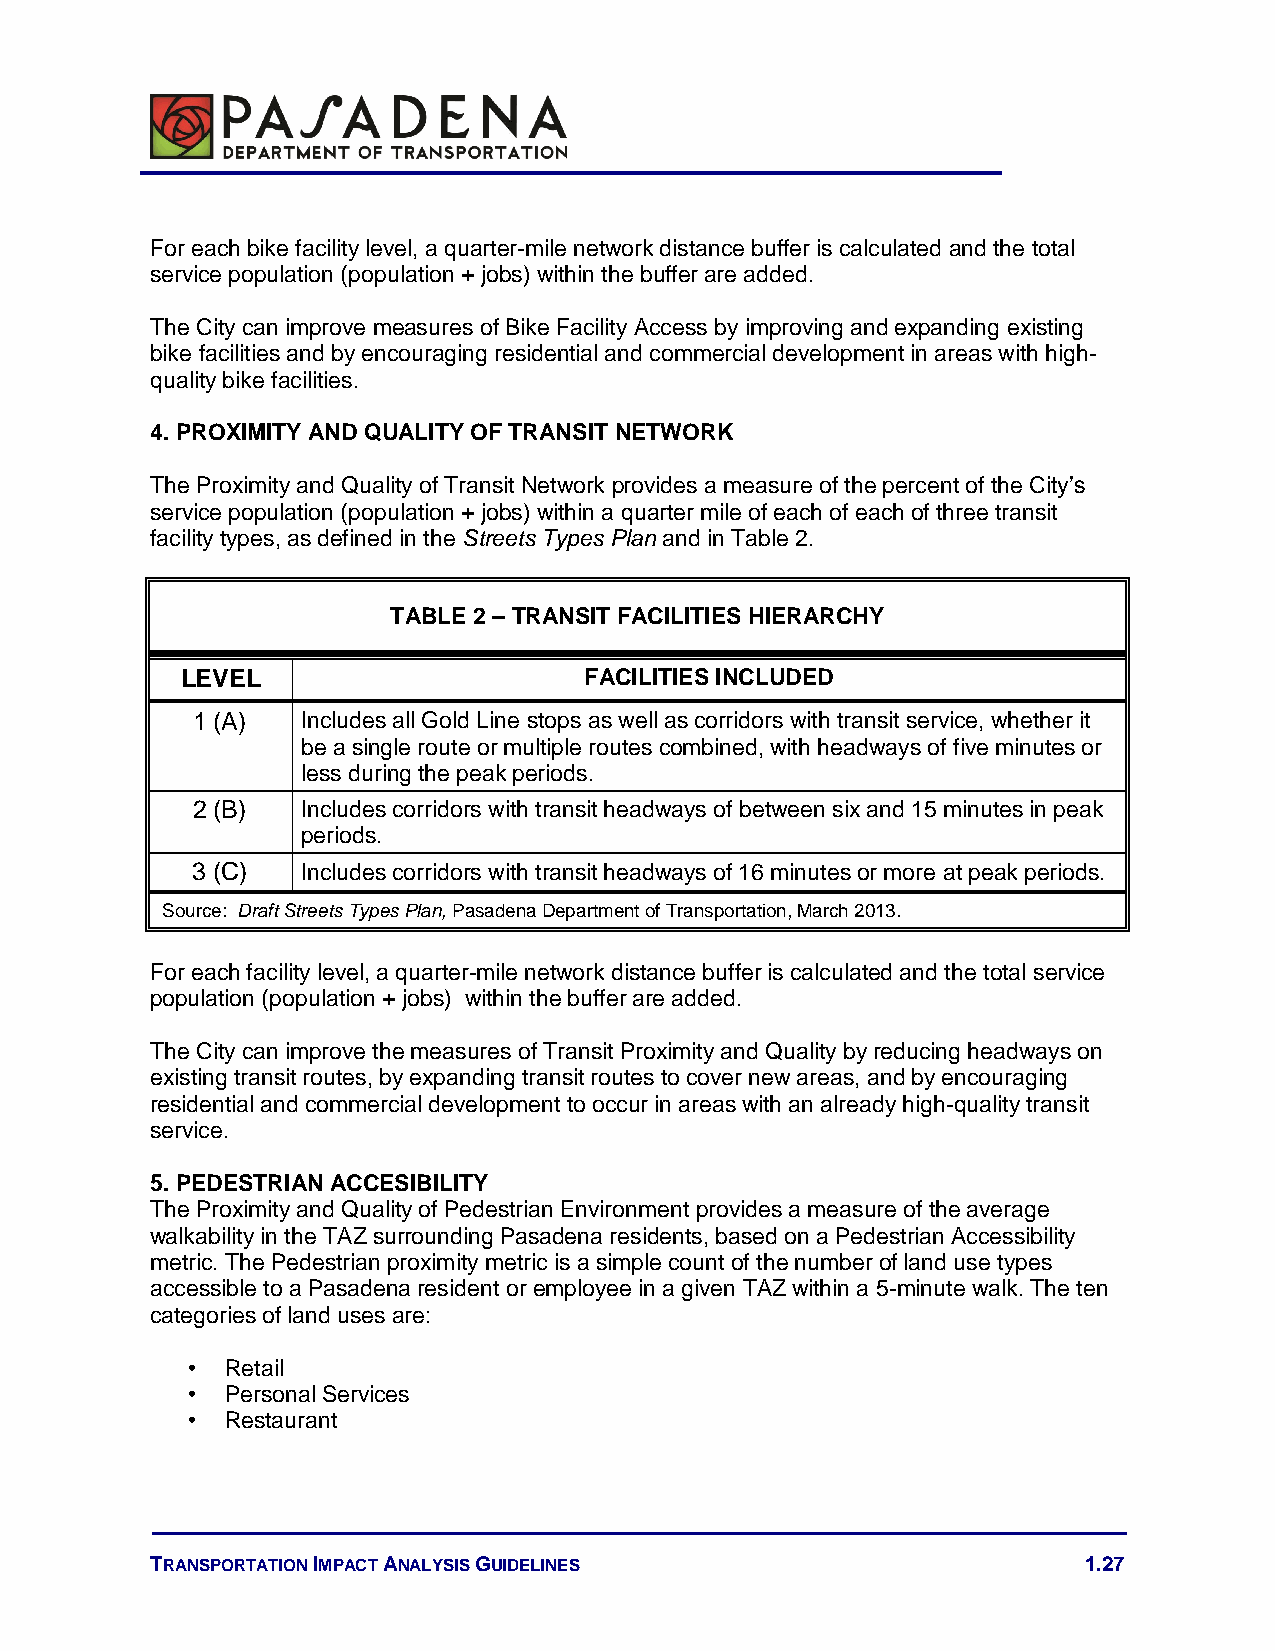
For each bike facility level, a quarter-mile network distance buffer is calculated and the total
 service population (population + jobs) within the buffer are added.
 The City can improve measures of Bike Facility Access by improving and expanding existing
 bike facilities and by encouraging residential and commercial development in areas with high-
 quality bike facilities.
 4. PROXIMITY AND QUALITY OF TRANSIT NETWORK
 The Proximity and Quality of Transit Network provides a measure of the percent of the City’s
 service population (population + jobs) within a quarter mile of each of each of three transit
 facility types, as defined in the Streets Types Plan and in Table 2.
 TABLE 2 – TRANSIT FACILITIES HIERARCHY
 LEVEL                      FACILITIES INCLUDED
 1 (A)  Includes all Gold Line stops as well as corridors with transit service, whether it
 be a single route or multiple routes combined, with headways of five minutes or
 less during the peak periods.
 2 (B)  Includes corridors with transit headways of between six and 15 minutes in peak
 periods.
 3 (C)  Includes corridors with transit headways of 16 minutes or more at peak periods.
 Source: Draft Streets Types Plan, Pasadena Department of Transportation, March 2013.
 For each facility level, a quarter-mile network distance buffer is calculated and the total service
 population (population + jobs) within the buffer are added.
 The City can improve the measures of Transit Proximity and Quality by reducing headways on
 existing transit routes, by expanding transit routes to cover new areas, and by encouraging
 residential and commercial development to occur in areas with an already high-quality transit
 service.
 5. PEDESTRIAN ACCESIBILITY
 The Proximity and Quality of Pedestrian Environment provides a measure of the average
 walkability in the TAZ surrounding Pasadena residents, based on a Pedestrian Accessibility
 metric. The Pedestrian proximity metric is a simple count of the number of land use types
 accessible to a Pasadena resident or employee in a given TAZ within a 5-minute walk. The ten
 categories of land uses are:
 •  Retail
 •  Personal Services
 •  Restaurant
 TRANSPORTATION IMPACT ANALYSIS GUIDELINES                     1.27